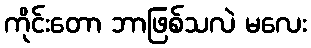
ကိုင်းတော ဘာဖြစ်သလဲ မလေး